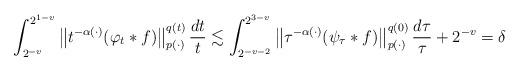
LaTeX: \begin{align*}\int_{2^{-v}}^{2^{1-v}}\left\Vert t^{-\alpha (\cdot )}(\varphi_{t}\ast f)\right\Vert _{p(\cdot )}^{q(t)}\frac{dt}{t}\lesssim\int_{2^{-v-2}}^{2^{3-v}}\left\Vert \tau ^{-\alpha (\cdot )}(\psi_{\tau }\ast f)\right\Vert _{p(\cdot )}^{q(0)}\frac{d\tau }{\tau}+2^{-v}=\delta \end{align*}